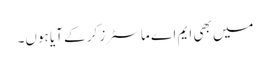
میں بھی ایم اے ماسٹرز کر کے آیا ہوں۔